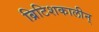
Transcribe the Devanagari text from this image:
ब्रिटिशकालीन्